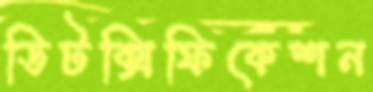
ডিটক্সিফিকেশন